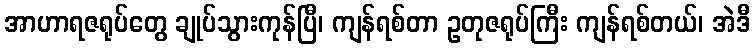
အာဟာရဇရုပ်တွေ ချုပ်သွားကုန်ပြီ၊ ကျန်ရစ်တာ ဥတုဇရုပ်ကြီး ကျန်ရစ်တယ်၊ အဲဒီ